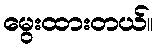
မွေးထားတယ်။